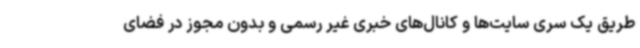
طریق یک سری سایت‌ها و کانال‌های خبری غیر رسمی و بدون مجوز در فضای